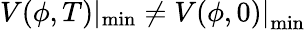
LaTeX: V(\phi,T)\left|_{\operatorname*{min}}\neq V(\phi,0)\right|_{\operatorname*{min}}